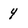
Character: 4